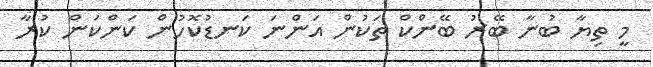
މީ ތިޔާ ބުނާ ބޭރު ބޭންކް ތަކުން އަންނަ ކަނޑުކޮހުން ކަންކަން ކުރާ